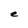
Character: e